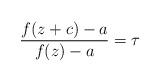
LaTeX: \begin{align*}\frac{f(z+c)-a}{f(z)-a}=\tau \end{align*}